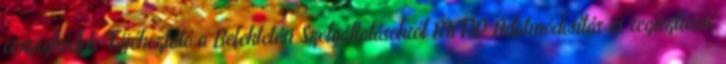
országkódok Tájékoztató a Befektetési Szolgáltatásokról MiFID Adatmódosítás és regisztráció